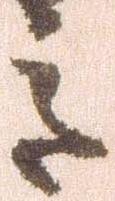
意